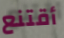
أقتنع